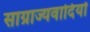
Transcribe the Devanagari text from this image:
साग्राज्यवादियों